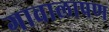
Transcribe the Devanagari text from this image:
गावालापण